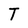
Character: T